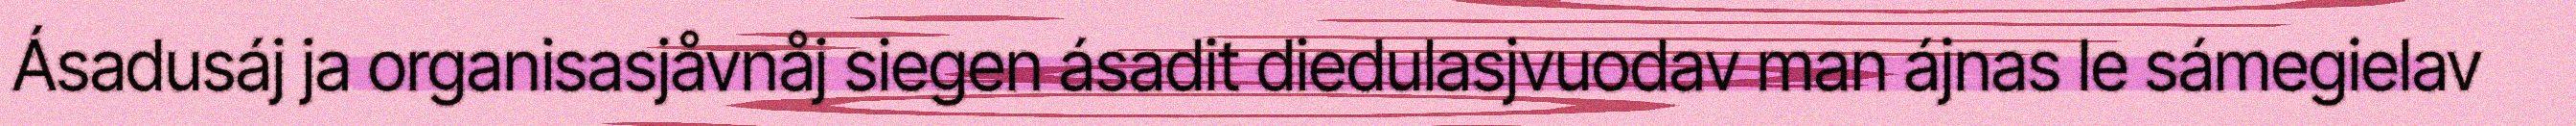
Ásadusáj ja organisasjåvnåj siegen ásadit diedulasjvuodav man ájnas le sámegielav